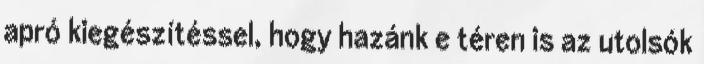
apró kiegészítéssel, hogy hazánk e téren is az utolsók